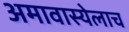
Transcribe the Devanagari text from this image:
अमावास्येलाच